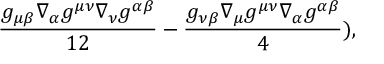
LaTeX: \frac { g _ { \mu \beta } \nabla _ { \alpha } g ^ { \mu \nu } \nabla _ { \nu } g ^ { \alpha \beta } } { 1 2 } - \frac { g _ { \nu \beta } \nabla _ { \mu } g ^ { \mu \nu } \nabla _ { \alpha } g ^ { \alpha \beta } } { 4 } ) ,